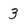
Character: 3